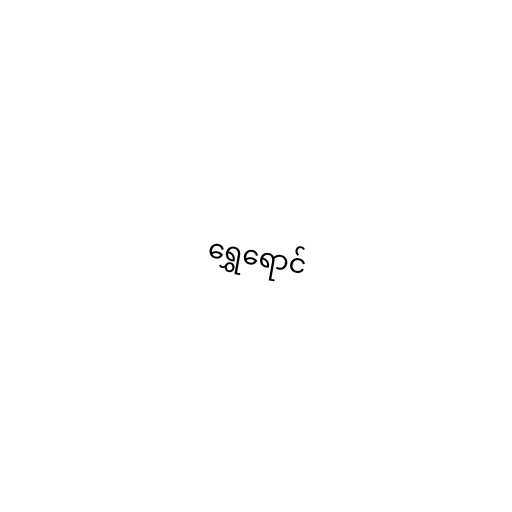
ရွှေရောင်